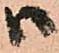
ハ